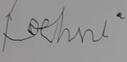
Signature authenticity: forged